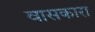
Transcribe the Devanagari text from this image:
वासकारा